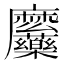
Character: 𮮎